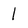
Character: l